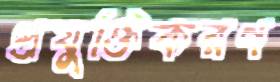
প্রযুক্তিকরণ